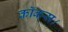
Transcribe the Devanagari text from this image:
कॉकस।